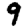
Digit: 9